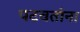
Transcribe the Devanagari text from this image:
पटवतांना